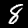
Label: 8